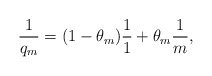
\begin{align*}\frac{1}{q_m}=(1-\theta_m)\frac{1}{1}+\theta_m\frac{1}{m},\end{align*}